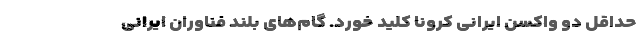
حداقل دو واکسن ایرانی کرونا کلید خورد. گام‌های بلند فناوران ایرانی